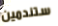
ستندمين